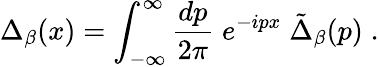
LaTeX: \Delta_{\beta}(x)=\int_{-\infty}^{\infty}{\frac{dp}{2\pi}}\; e^{-ipx}\; \tilde{\Delta}_{\beta}(p)\; .